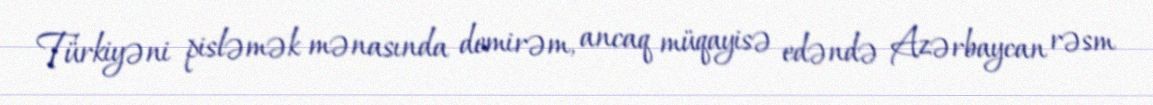
Türkiyəni pisləmək mənasında demirəm, ancaq müqayisə edəndə Azərbaycan rəsm